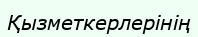
Қызметкерлерінің